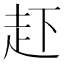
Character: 𧺒